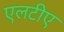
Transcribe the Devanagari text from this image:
एलटीए